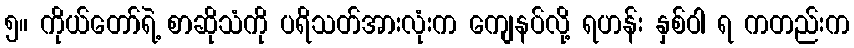
၅။ ကိုယ်တော်ရဲ့ စာဆိုသံကို ပရိသတ်အားလုံးက ကျေနပ်လို့ ရဟန်း နှစ်ဝါ ရ ကတည်းက